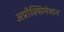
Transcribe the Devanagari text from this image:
अप्रौक्सिमेशन